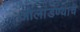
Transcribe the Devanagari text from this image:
ओलांडण्याचे